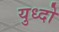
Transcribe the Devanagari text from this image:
युध्दो